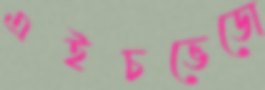
এইচভেডো